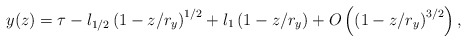
\begin{align*}y(z) = \tau - l_{1/2} \left(1- z/r_{y}\right)^{1/2} +l_{1} \left(1- z/r_{y}\right)+ O\left(\left(1- z/r_{y}\right)^{3/2}\right),\end{align*}